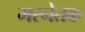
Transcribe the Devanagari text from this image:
मरनेतक